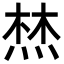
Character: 㷊